Lunatic asylums in Bengal annual reports 1899-1911 - 1899-1911
Year: 1899
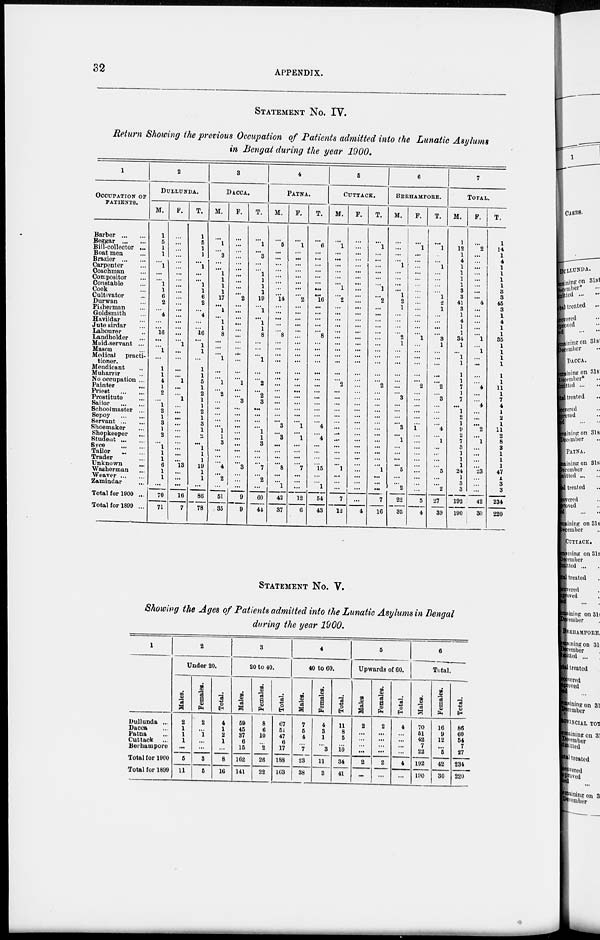
32
APPENDIX.
STATEMENT NO. IV.
Return Showing the previous Occupation of Patients admitted into the Lunatic Asylums
in Bengal during the year 1900.
1
OCCUPATION OF
PATIENTS.
Barber ... ...
Beggar
...
...
Bill-collector ...
Boat men ...
Brazier
...
...
Carpenter ...
Coachman ...
Compositor ...
Constable ...
Cook ...
Cultivator ...
Durwan ...
Fisherman ...
Goldsmith ...
Havildar ...
Jute sirdar ...
Labourer ...
Landholder ...
Muid-servant ...
Mason ...
Medical
practi-
tioner.
Mendicant ...
Muharrir ...
No occupation ...
Painter ...
Priest
...
...
Prostitute ...
Sailor
...
...
Schoolmaster ...
Sepoy
...
...
Servant
...
...
Shoemaker ...
Shopkeeper ...
Student
...
...
Syce
...
...
Tailor
...
...
Trader ...
Unknown ...
Washerman ...
Weaver
...
...
Zamindar ...
Total for 1900 ...
Total for 1899 ...
2
DULLUNDA.
M.
1
5
1
1
...
1
...
...
1
1
6
2
...
4
...
...
16
...
...
1
...
1
1
4
1
2
...
1
2
1
3
1
2
...
1
1
1
6
1
1
...
70
71
F.
...
...
...
...
...
...
...
...
...
...
...
...
...
...
...
...
...
...
1
...
...
...
...
1
...
...
1
...
...
...
...
...
...
...
...
...
...
13
...
...
...
16
7
T.
1
5
1
1
...
1
...
...
1
1
6
2
...
4
...
...
16
...
1
1
...
1
1
5
1
2
1
1
2
1
3
1
2
...
1
1
1
19
1
1
...
86
78
3
DACCA.
M.
...
1
...
3
...
...
1
1
1
1
17
...
1
...
1
1
8
...
...
...
1
...
...
1
...
2
...
...
...
...
...
1
1
3
...
...
...
4
...
2
...
51
35
F.
...
...
...
...
...
...
...
...
...
...
2
...
...
...
...
...
...
...
...
...
...
...
...
1
...
...
3
...
...
...
...
...
...
...
...
...
...
3
...
...
...
9
9
T.
...
1
...
3
...
...
1
1
1
1
19
...
1
...
1
1
8
...
...
...
1
...
...
2
...
2
3
...
...
...
...
1
1
3
...
...
...
7
...
2
...
60
44
4
PATNA.
M.
...
5
...
...
...
...
...
...
...
...
14
...
...
...
...
...
8
...
...
...
...
...
...
...
...
...
...
...
...
...
3
...
3
...
...
...
...
8
...
...
1
42
37
F.
...
1
...
...
...
...
...
...
...
...
2
...
...
...
...
...
...
...
...
...
...
...
...
...
...
...
...
...
...
...
1
...
1
...
...
...
...
7
...
...
...
12
6
T.
...
6
...
...
...
...
...
...
...
...
16
...
...
...
...
...
8
...
...
...
...
...
...
...
...
...
...
...
...
...
4
...
4
...
...
...
...
15
...
...
1
54
43
5
CUTTACK.
M.
...
1
...
...
...
...
...
...
1
...
2
...
...
...
...
...
...
...
...
...
...
...
...
2
...
...
...
...
...
...
...
...
...
...
...
...
...
1
...
...
...
7
12
F.
...
...
...
...
...
...
...
...
...
...
...
...
...
...
...
...
...
...
...
...
...
...
...
...
...
...
...
...
...
...
...
...
...
...
...
...
...
...
...
...
...
...
4
T.
...
1
...
...
...
...
...
...
1
...
2
...
...
...
...
...
...
...
...
...
...
...
...
2
...
...
...
...
...
...
...
...
...
...
...
...
...
1
...
...
...
7
16
6
BERHAMPORE.
M.
...
...
...
...
1
...
...
...
...
1
2
1
...
...
...
...
2
1
...
...
...
...
...
...
...
3
...
...
...
...
3
...
1
...
...
...
...
5
...
...
2
22
35
F.
...
1
...
...
...
...
...
...
...
...
...
...
...
...
...
...
1
...
...
...
...
...
...
2
...
...
...
...
...
...
1
...
...
...
...
...
...
...
...
...
...
5
4
T.
...
1
...
...
1
...
...
...
...
1
2
1
...
...
...
...
3
1
...
...
...
...
...
2
...
3
...
...
...
...
4
...
1
...
...
...
...
5
...
...
2
27
39
7
TOTAL.
M.
1
12
1
4
1
1
1
1
3
3
41
3
1
4
1
1
34
1
...
1
1
1
1
7
1
7
...
1
2
1
9
2
7
3
1
1
1
24
1
3
3
192
190
F.
...
2
...
...
...
...
...
...
...
...
4
...
...
...
...
...
1
...
1
...
...
...
...
4
...
...
4
...
...
...
2
...
1
...
...
...
...
23
...
...
...
42
30
T.
1
14
1
4
1
1
1
1
3
3
45
3
1
4
1
1
35
1
1
1
1
1
1
11
1
7
4
1
2
1
11
2
8
8
1
1
1
47
1
3
3
234
220
STATEMENT NO. V.
Showing the Ages of Patients admitted into the Lunatic Asylums in Bengal
during the year 1900.
1
Dullunda ...
Dacca ...
Patna ...
Cuttack ...
Berhampore
Total for 1900
Total for 1899
2
Under 20.
Males.
2
1
1
1
...
5
11
Females.
2
...
1
...
...
3
5
Total.
4
1
2
1
...
8
16
3
20 to 40.
Males.
59
45
37
6
15
162
141
Females.
8
6
10
...
2
26
22
Total.
67
51
47
6
17
188
163
4
40 to 60.
Males.
7
5
4
...
7
23
38
Females.
4
3
1
...
3
11
3
Total.
11
8
5
...
10
34
41
5
Upwards of 60.
Males
2
...
...
...
...
2
...
Females.
2
...
...
...
...
2
...
Total.
4
...
...
...
...
4
...
6
Total.
Males.
70
51
42
7
22
192
190
Females.
16
9
12
...
5
42
30
Total.
86
60
54
7
27
234
220